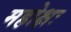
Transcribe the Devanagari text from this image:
महोक्षः